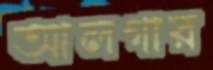
আলগার